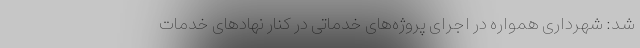
شد: شهرداری همواره در اجرای پروژه‌های خدماتی در کنار نهادهای خدمات